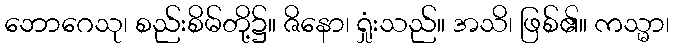
ဘောဂေသု၊ စည်းစိမ်တို့၌။ ဇိနော၊ ရှုံးသည်။ အသိ၊ ဖြစ်၏။ ကသ္မာ၊